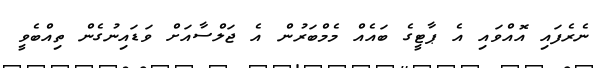
ނެރެފައި އޮއްވައި އެ ޕާޓީގެ ބައެއް މެމްބަރުން އެ ޖަލްސާއަށް ވަޑައިނުގެން ތިއްބެވީ